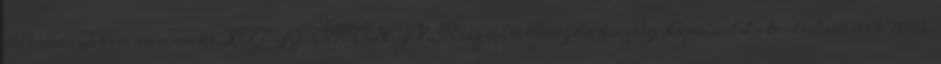
ülésén. Jelen vannak: JEGYZŐKÖNYV. Készült: Csögle község képviselő-testületének 2013.